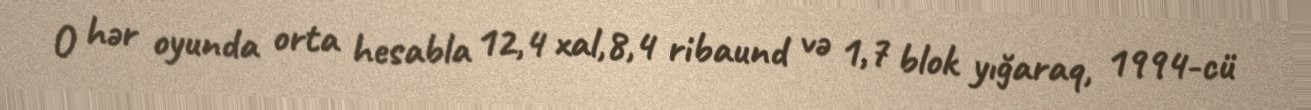
O hər oyunda orta hesabla 12,4 xal,8,4 ribaund və 1,7 blok yığaraq, 1994-cü